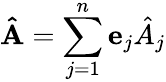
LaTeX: \mathbf{\hat{A}}=\sum_{j=1}^{n}\mathbf{e}_{j}{\hat{A}}_{j}